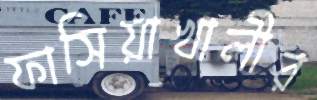
ফাসিয়াখালীর